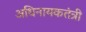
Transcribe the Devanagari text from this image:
अधिनायकतंत्री